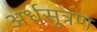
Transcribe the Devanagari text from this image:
अर्धसुत्रण